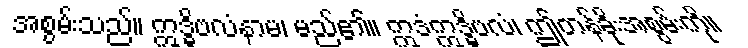
အစွမ်းသည်။ ဣဒ္ဓိဗလံနာမ၊ မည်၏။ ဣဒံဣဒ္ဓိဗလံ၊ ဤတန်ခိုးအစွမ်းကို။